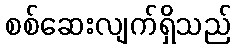
စစ်ဆေးလျက်ရှိသည်